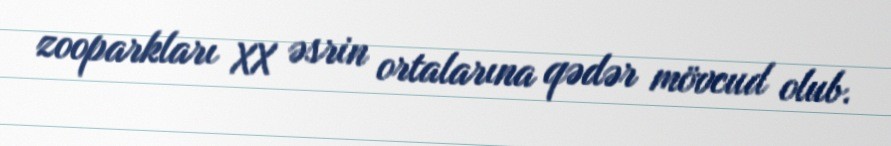
zooparkları XX əsrin ortalarına qədər mövcud olub.